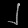
Digit: ၂